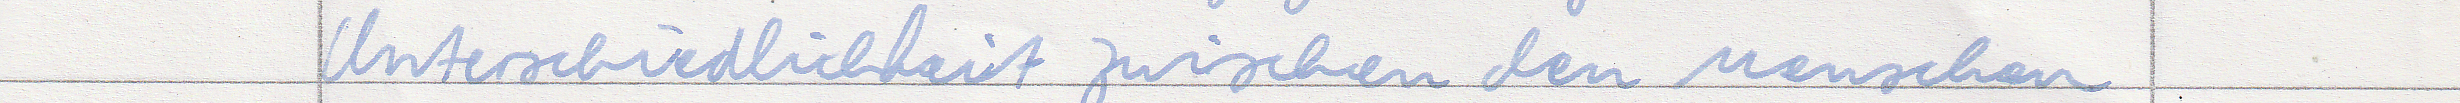
Unterschiedlichkeit zwischen den Menschen